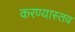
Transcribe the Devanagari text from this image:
करण्यास्तव